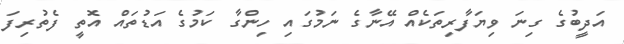
އަދީބުގެ ގިނަ ވިޔަފާރިތަކެއް އޭނާގެ ނަމުގައި ހިންގާ ކަމުގެ އަޑުތައް އޮތީ ފެތުރިފަ